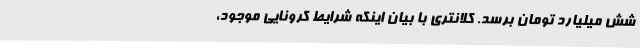
شش میلیارد تومان برسد. کلانتری با بیان اینکه شرایط کرونایی موجود،